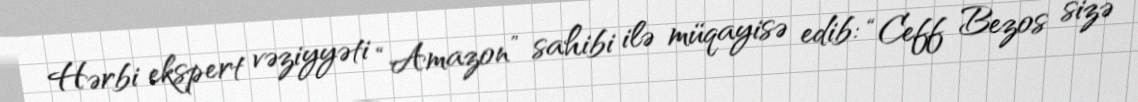
Hərbi ekspert vəziyyəti “Amazon” sahibi ilə müqayisə edib: “Ceff Bezos sizə